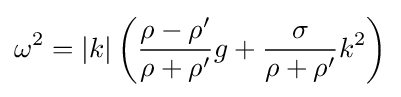
\omega ^{2}=|k|\left({\frac {\rho -\rho '}{\rho +\rho '}}g+{\frac {\sigma }{\rho +\rho '}}k^{2}\right)